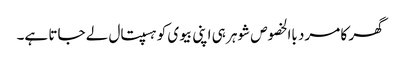
گھر کا مرد باالخصوص شوہر ہی اپنی بیوی کو ہسپتال لے جاتا ہے۔